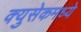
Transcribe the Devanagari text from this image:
क्युसेकमध्ये